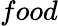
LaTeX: food